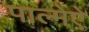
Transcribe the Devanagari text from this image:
पाल्मेऐ